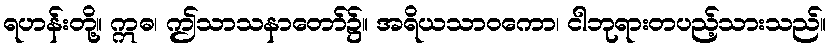
ရဟန်းတို့။ ဣဓ၊ ဤသာသနာတော်၌။ အရိယသာဝကော၊ ငါဘုရားတပည့်သားသည်။